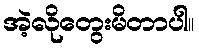
အဲ့လိုတွေးမိတာပါ။